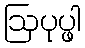
ဩပုပ္ဖါ